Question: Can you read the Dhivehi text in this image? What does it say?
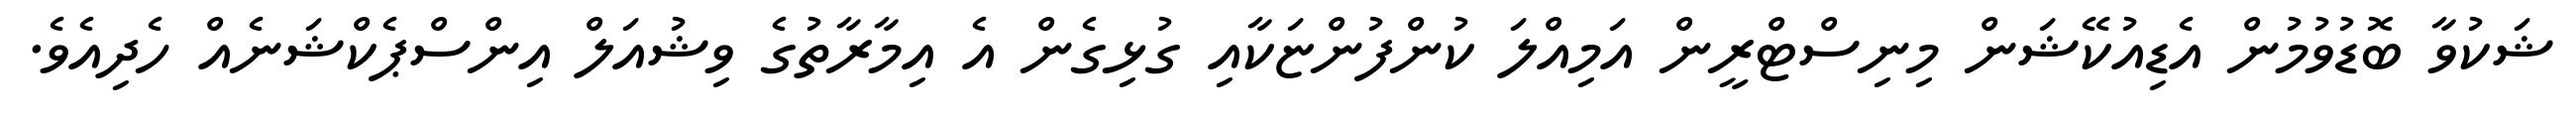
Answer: ޝަކުވާ ބޮޑުވުމުން އެޑިއުކޭޝަން މިނިސްޓްރީން އަމިއްލަ ކުންފުންޏަކާއި ގުޅިގެން އެ އިމާރާތުގެ ވިޝުއަލް އިންސްޕެކްޝަނެއް ހެދިއެވެ.